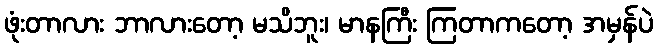
ဖုံးတာလား ဘာလားတော့ မသိဘူး၊ မာနကြီး ကြတာကတော့ အမှန်ပဲ